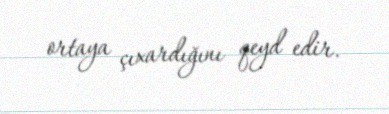
ortaya çıxardığını qeyd edir.